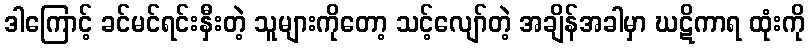
ဒါကြောင့် ခင်မင်ရင်းနှီးတဲ့ သူများကိုတော့ သင့်လျော်တဲ့ အချိန်အခါမှာ ဃဋိကာရ ထုံးကို